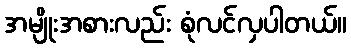
အမျိုးအစားလည်း စုံလင်လှပါတယ်။